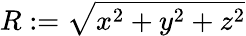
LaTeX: R:=\sqrt{x^{2}+y^{2}+z^{2}}